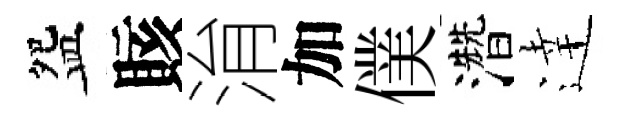
盌賅㳙加僕濳逹